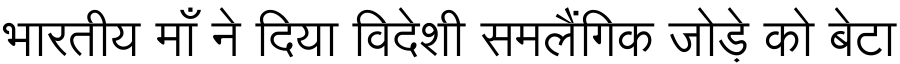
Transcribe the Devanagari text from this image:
भारतीय माँ ने दिया विदेशी समलैंगिक जोड़े को बेटा